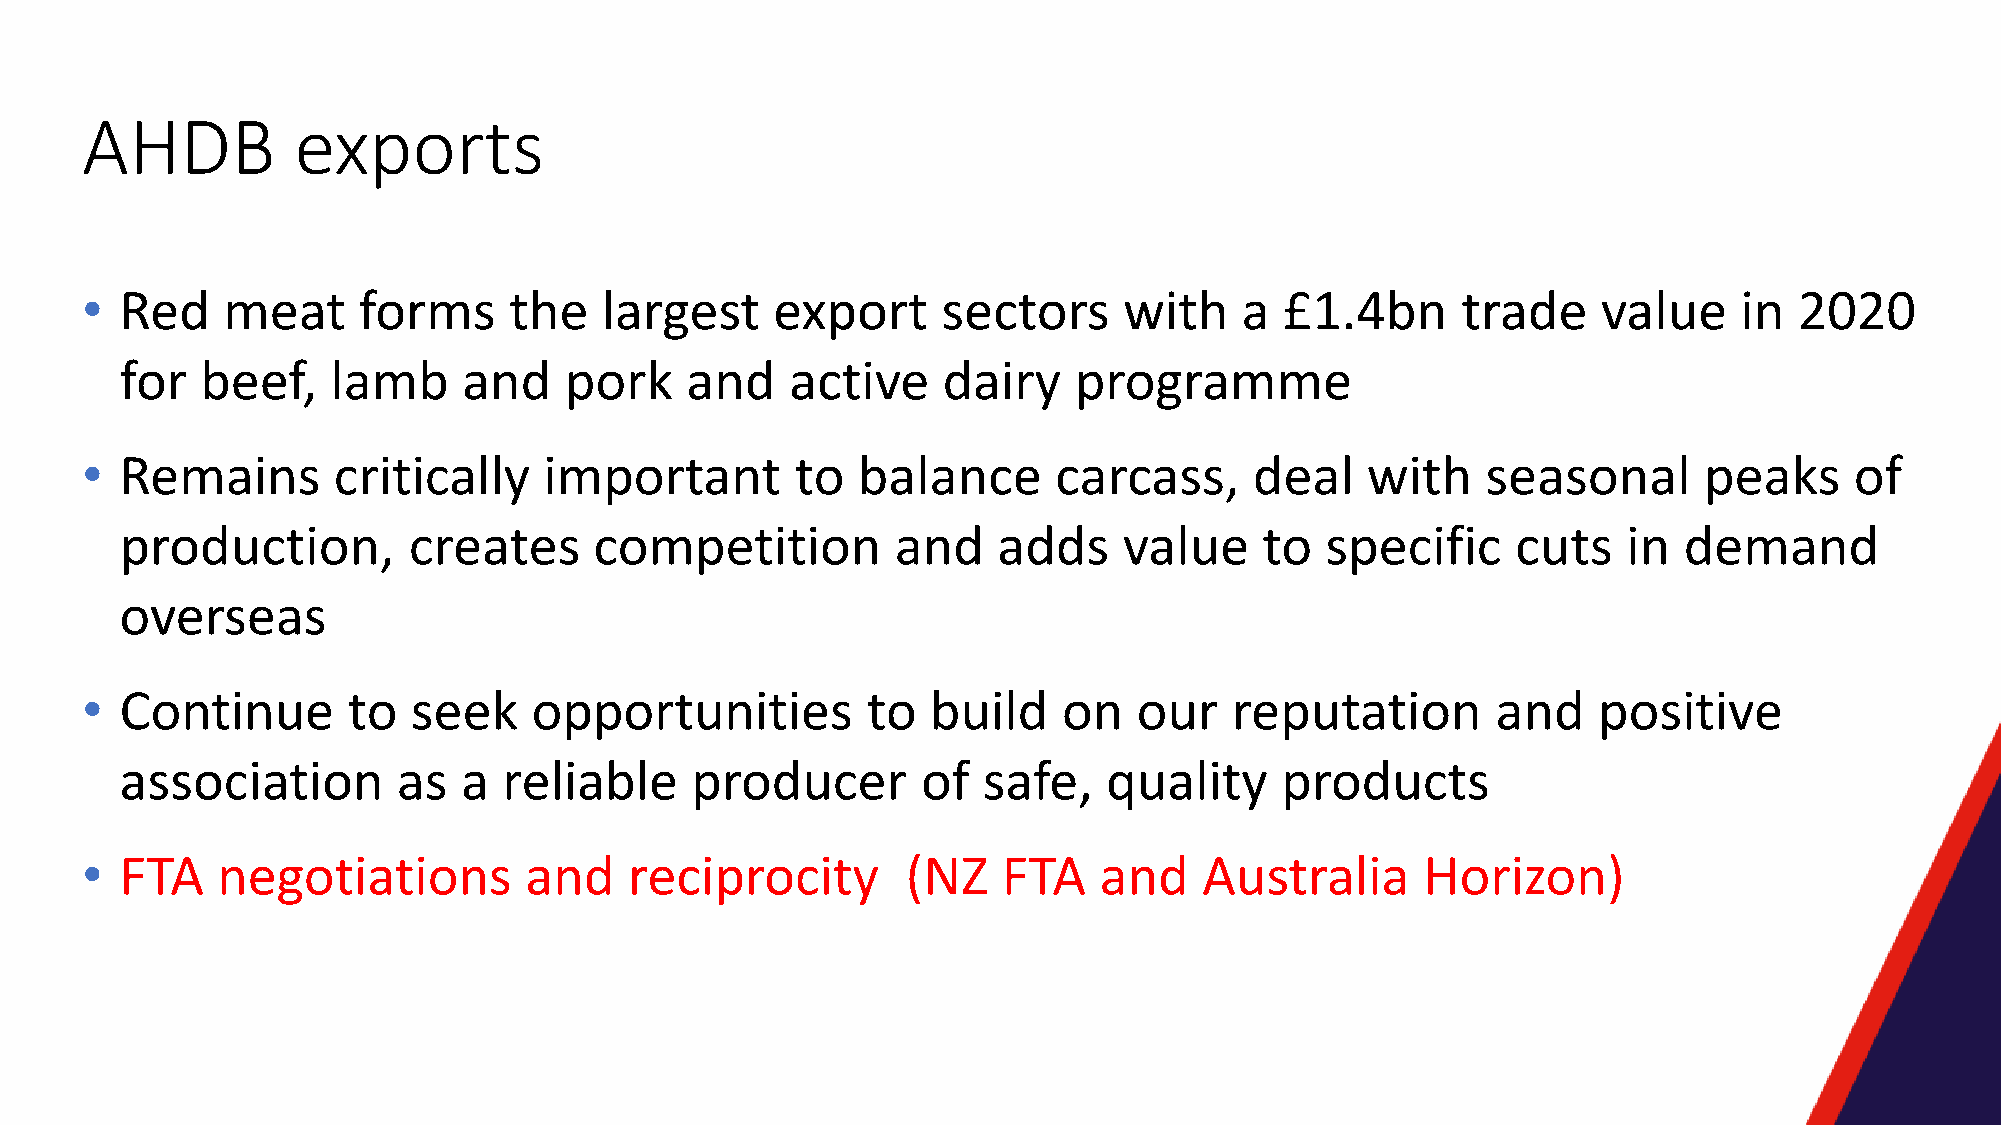
AHDB          exports
 •  Red    meat     forms     the   largest    export     sectors     with    a  £1.4bn      trade    value    in  2020
 for  beef,    lamb     and   pork    and    active    dairy    programme
 •  Remains       critically    important        to  balance      carcass,     deal   with    seasonal       peaks     of
 production,        creates     competition         and    adds    value     to  specific    cuts    in demand
 overseas
 •  Continue       to  seek    opportunities         to   build   on   our    reputation       and    positive
 association       as   a reliable     producer       of  safe,   quality     products
 •  FTA   negotiations         and    reciprocity       (NZ   FTA    and    Australia     Horizon)